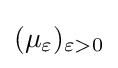
(\mu _{\varepsilon })_{\varepsilon >0}